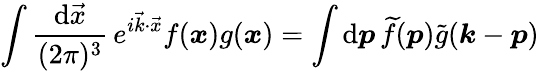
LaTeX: \int\frac{\mathrm{d}\vec{x}}{(2\pi)^{3}}\, e^{i\vec{k}\cdot\vec{x}}f(\boldsymbol{x})g(\boldsymbol{x})=\int\mathrm{d}\boldsymbol{p}\, \widetilde{f}(\boldsymbol{p})\widetilde{g}(\boldsymbol{k}-\boldsymbol{p})